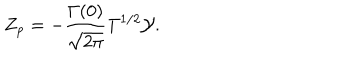
{ Z _ { p } } = - { \frac { \Gamma ( 0 ) } { \sqrt { 2 \pi } } } { { \mathrm { T } } ^ { 1 / 2 } } \mathcal { Y } .